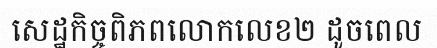
សេដ្ឋកិច្ចពិភពលោកលេខ២ ដូចពេល